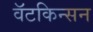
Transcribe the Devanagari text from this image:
वॅटकिन्सन